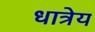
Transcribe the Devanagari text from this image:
धात्रेय